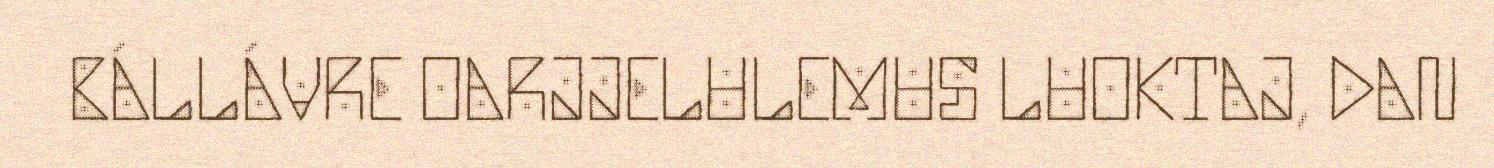
BÁLLÁVRE OARJJELULEMUS LUOKTAJ, DAN